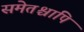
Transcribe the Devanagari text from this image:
समेतश्चापि